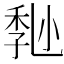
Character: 𡮒